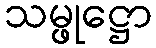
သမ္ဖုဋ္ဌော